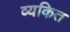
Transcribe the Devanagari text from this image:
व्‍यकित